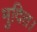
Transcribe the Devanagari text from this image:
मुदित।